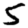
Digit: 5